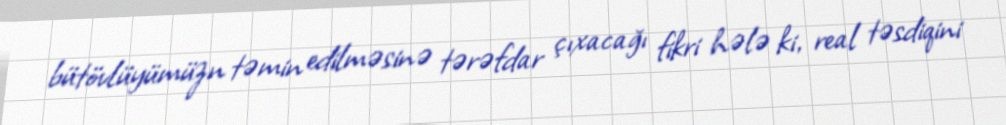
bütövlüyümüzn təmin edilməsinə tərəfdar çıxacağı fikri hələ ki, real təsdiqini